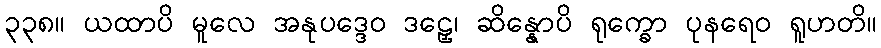
၃၃၈။ ယထာပိ မူလေ အနုပဒ္ဒေဝ ဒဠှေ၊ ဆိန္နောပိ ရုက္ခော ပုနရေဝ ရူဟတိ။